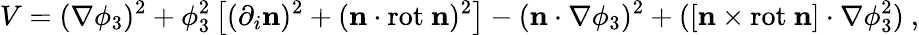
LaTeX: V=(\nabla\phi_{3})^{2}+\phi_{3}^{2}\left[(\partial_{i}{\mathbf{n}})^{2}+(\mathbf{n}\cdot\mathrm{rot}{\ \mathbf{n}})^{2}\right]-(\mathbf{n}\cdot\nabla\phi_{3})^{2}+([\mathbf{n}\times\mathrm{rot\ }\mathbf{n}]\cdot\nabla\phi_{3}^{2})~,